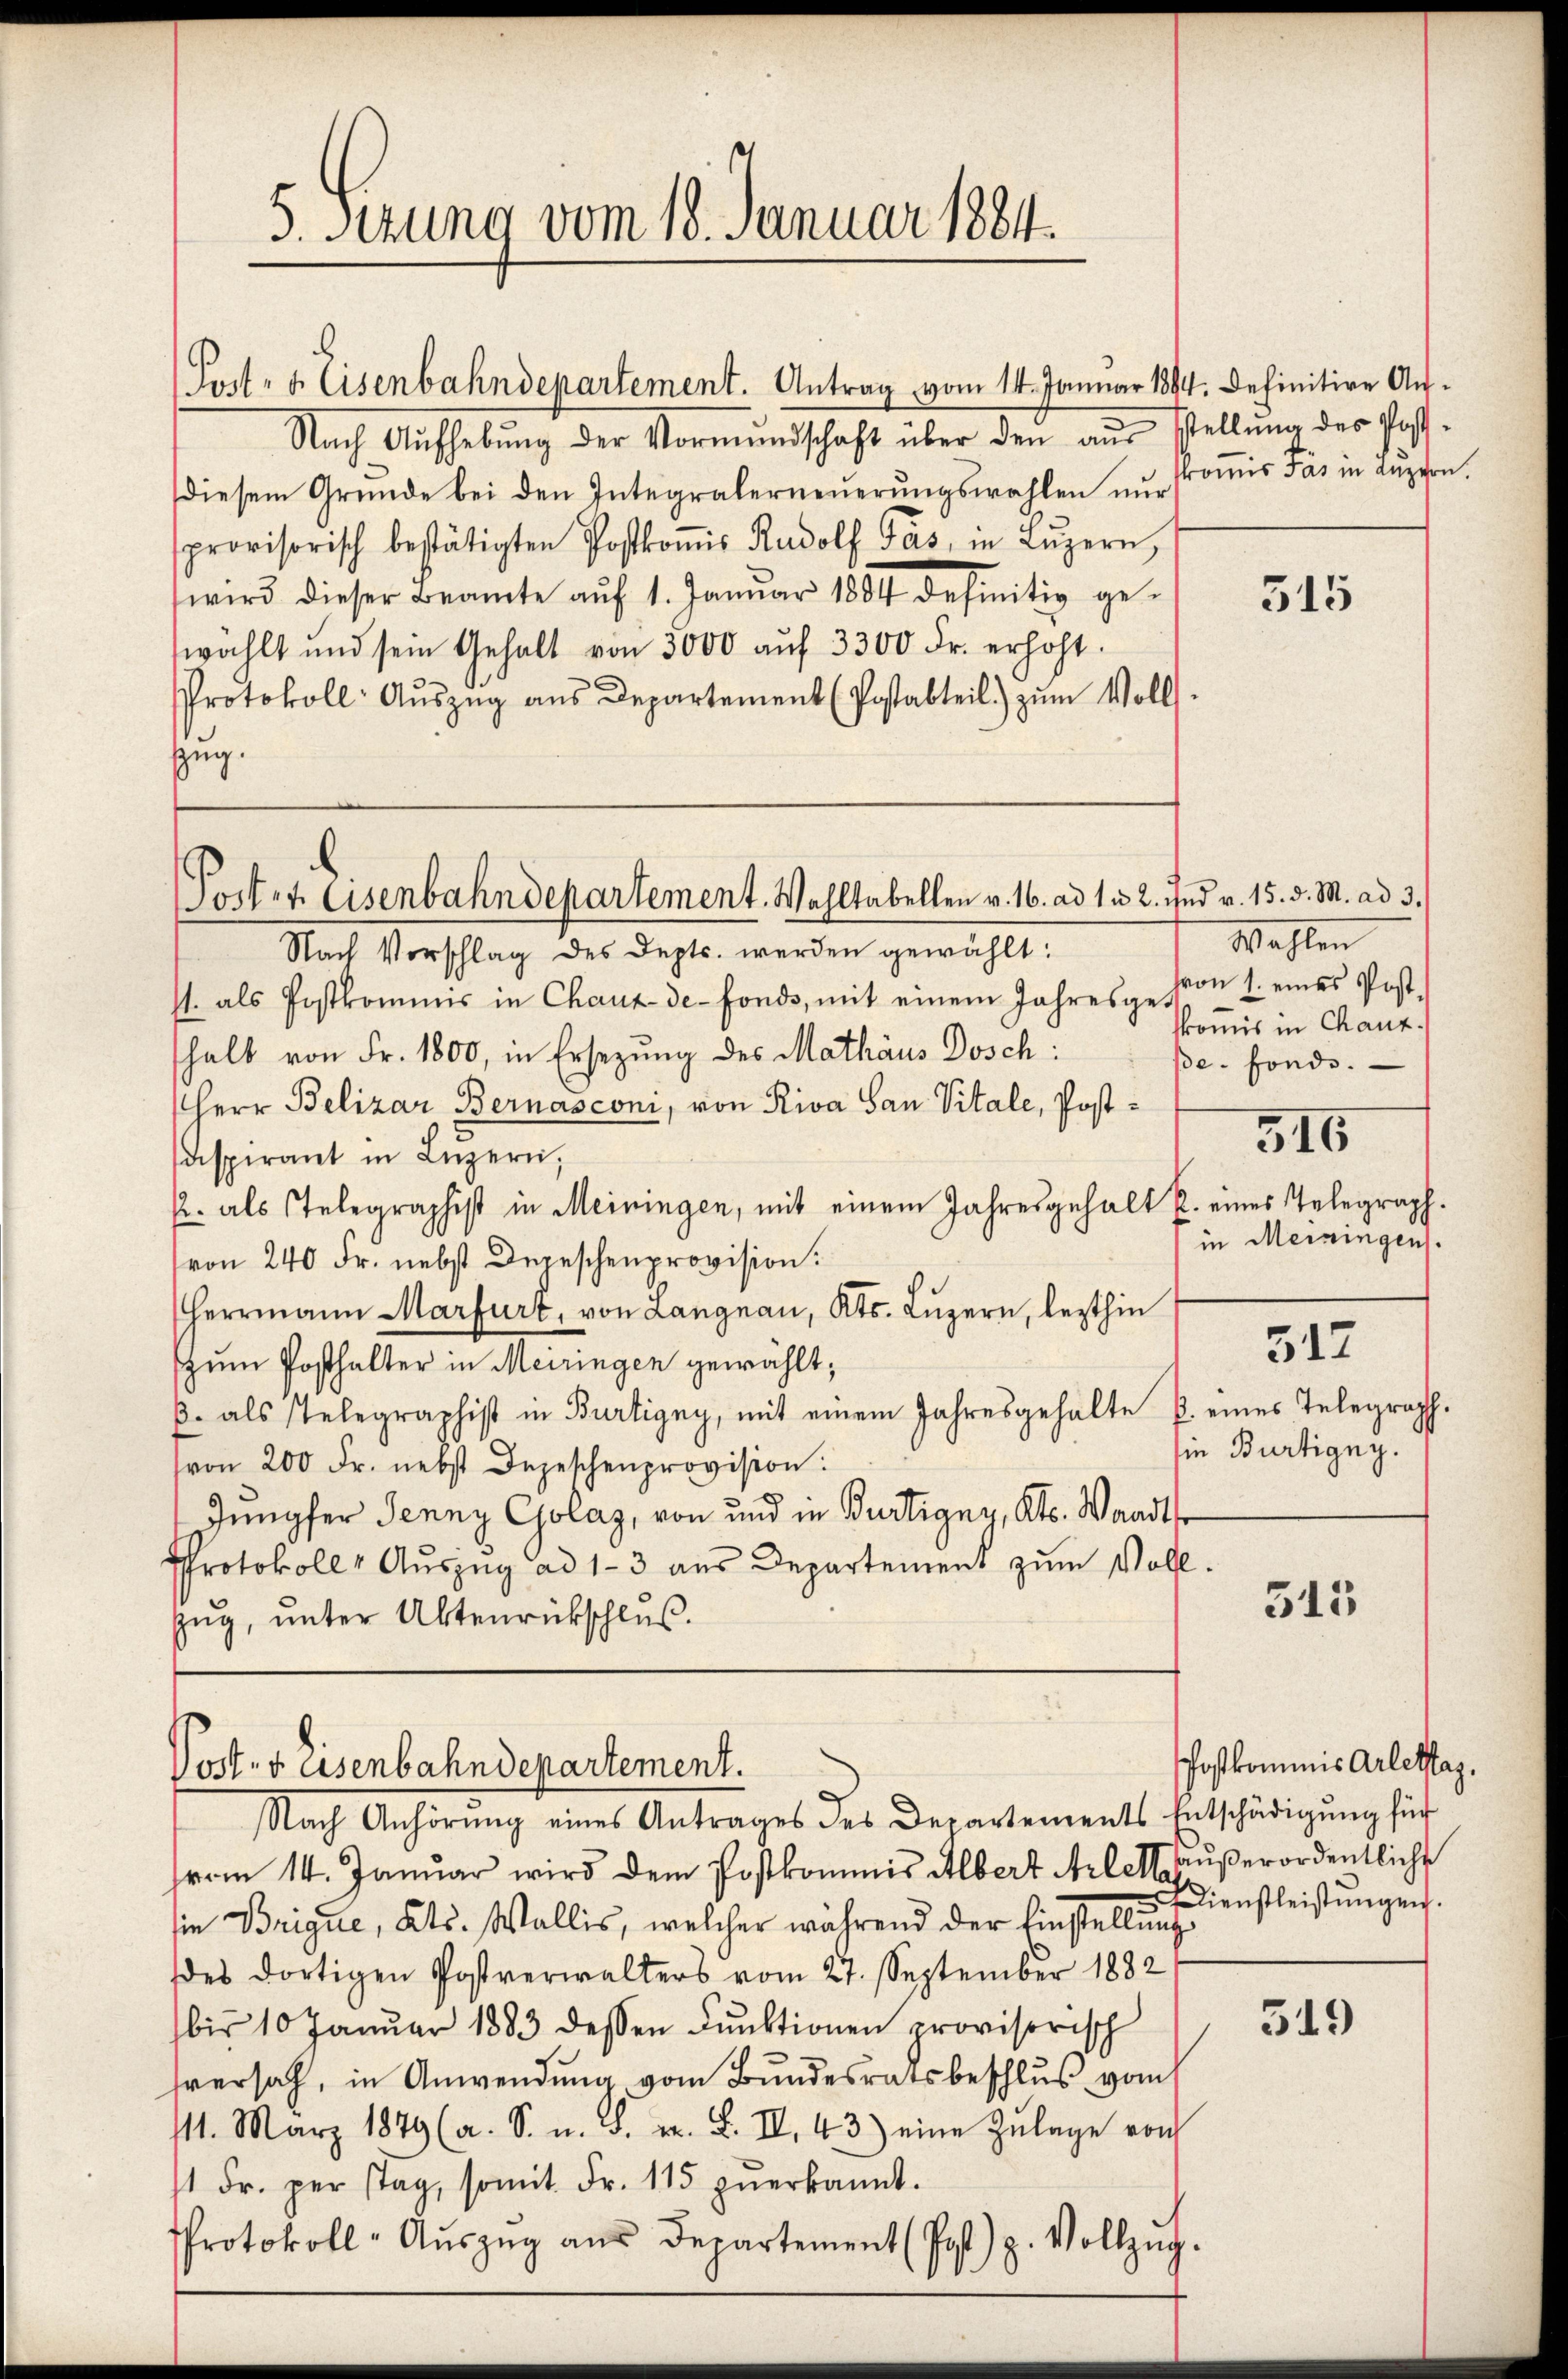
5. Sizung vom 18. Januar 1884.

Post- u. Eisenbahndepartement. Antrag vom 14. Januar 1894. Definitive Auf¬
Nach Aŭfhebŭng der Vormundschaft über den aŭs stellŭng des Post-
diesem Gründe bei den Integralerneŭerŭngswahlen nŭr
provisorisch bestätigten Postkoṁis Rudolf Pás, in Lŭzern,
wird dieser Beamte aŭf 1. Janŭar 1884 definitiv ge-
wählt und sein Gehalt von 3000 aŭf 3300 Fr. erhöht.
Protokoll- Aŭszŭg aŭs Departement (Postabteil zŭm Voll
zzug.

Portet. Eisenbahndepartement. Wahltabellen v. 16. ad 1. 2. und v. 15. d. M. ad 3.

Post. v. Eisenbahndepartement.

Nach Vorschlag des Depts. werden gewählt:
st. als Postkommnis in Chaux-de-Fonds, mit einem Jahresgeston 1. eines Post-
shalb von Fr. 1800, in Ersezung des Mathäus Dosch:
Herr Belizar Bernasconi, von Riva San Vitale, Postaspirant in Lŭzern,
k. als Telegraphist in Meiningen, mit einem Jahresgehalt u. eines Telegraph.
von 240 Fr. nebst Depeschenprovision.
Herrmann Marfurt, von Langnau, Kts. Lŭzern, lezthin
zum Posthalter in Meiringen gewählt;
B. als Telegraphist in Burtigny, mit einem Jahresgehalte P. eines Telegraph.
von 200 Fr. nebst Depeschenprovision:
Jungfer Jenny Golaz, von und in Bertigny, Kts. Waadt
Protokoll, Aŭszŭg ad 1-3 aus Departement zum Voll-
zug, unter Aktenrückschluß.

Nach Anhörung eines Antrages des Departements Entschädigŭng für
vom 14. Januar wird dem Postkommis Albert Arlett außerordentlicht
sie Brique, Kts. Wallis, welcher während der Einstellŭng
des dortigen Postverwalters vom 27. September 1882
bis 10 Janŭar 1883 dessen Funktionen provisorisch
hversah, in Anwendung vom Bundesratsbeschlus vom
111. März 1849 (a. S. u. S. z. B. II. 43) eine Zŭlage von
11 Fr. per stag, somit Fr. 115 zŭerkannt.
Protokoll-Aŭszŭg aŭs Departement (Post z. Vollzug.

komis das in anzen.

315

Wahlen
skomis in Chanz.
ße. Fonds.
516
in Meiningen.

312

sie Bürtigny.

515

519

Postkommnis Arlettag.
Dienstleistungen.